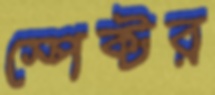
স্পেক্টর